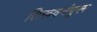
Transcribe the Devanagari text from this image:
तिरूवनंपुरम